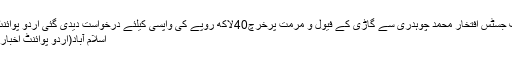
سابق چیف جسٹس افتخار محمد چوہدری سے گاڑی کے فیول و مرمت پرخرچ40لاکھ روپے کی واپسی کیلئے درخواست دیدی گئی اُردو پوائنٹ پاکستان
اسلام آباد(اُردو پوائنٹ اخبارتازہ ترین۔